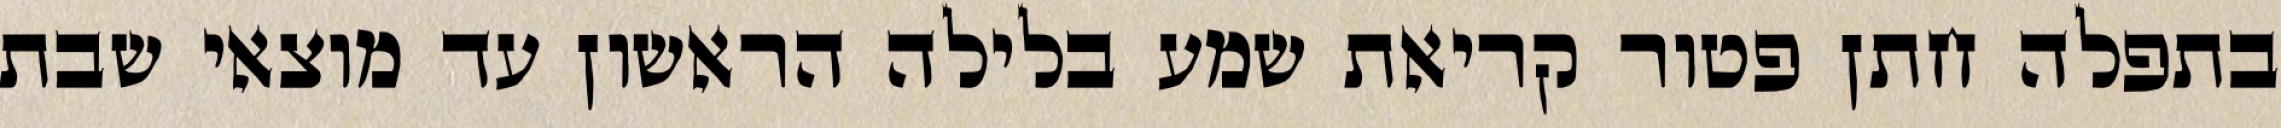
בתפלה חתן פטור קריאת שמע בלילה הראשון עד מוצאי שבת